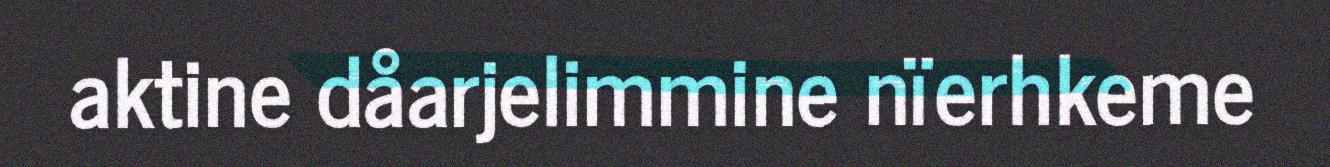
aktine dåarjelimmine nïerhkeme